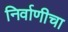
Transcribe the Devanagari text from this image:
निर्वाणीचा